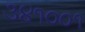
૩૪૧૦૦૧